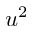
u ^ { 2 }